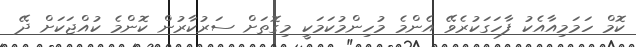
ކޮމް ހަމަމިއާއެކު ފާހަގަކުރެވޭ އެންމެ މުހިންމުކަމަކީ މިގޮތަށް ސަރުކާރުން ކޮންމެ ކުއްޖަކަށް ދޭ